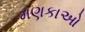
મણકાઓ